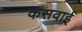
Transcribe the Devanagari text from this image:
कसवाई